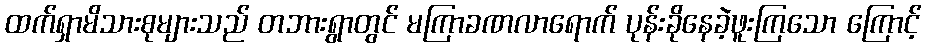
ထက်ရှာမိသားစုများသည် တဘားရွာတွင် မကြာခဏလာရောက် ပုန်းခိုနေခဲ့ဖူးကြသော ကြောင့်